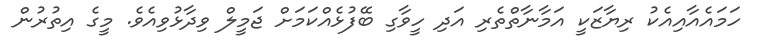
ހަމައެއާއިއެކު ރިޔާޒަކީ އަމާނާތްތެރި އަދި ހީވާގި ބޭފުޅެއްކަމަށް ޖަމީލް ވިދާޅުވިއެވެ. މީގެ އިތުރުން